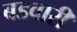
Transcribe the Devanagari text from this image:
बडवारी